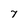
Character: 7